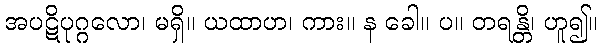
အပဋိပုဂ္ဂလော၊ မရှိ။ ယထာဟ၊ ကား။ န ခေါ။ ပ။ တရန္တိ၊ ဟူ၍။